Indian journal of veterinary science and animal husbandry - Volumes 15-17, 1948-1951
Year: 1948
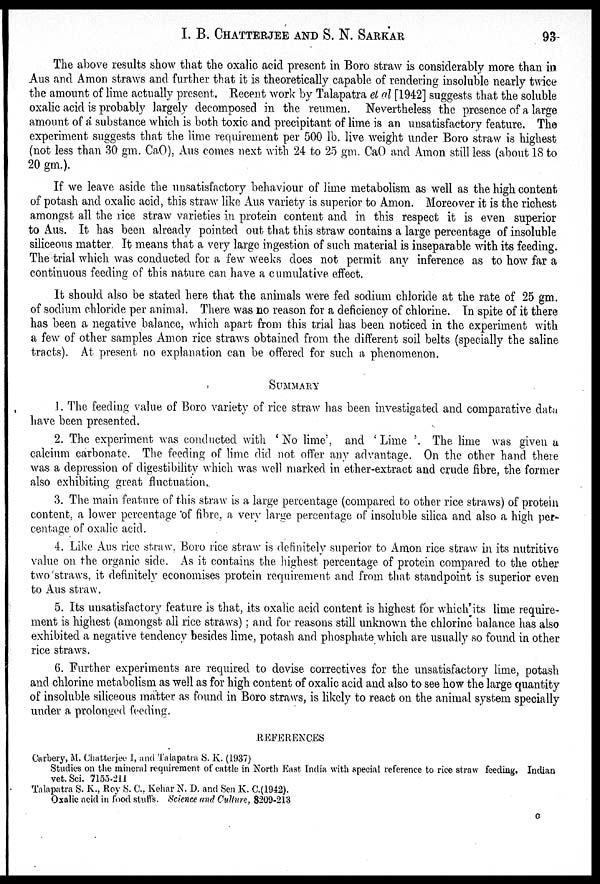
I. B. CHATTERJEE AND S. N. SARKAR 93
The above results show that the oxalic acid present in Boro straw is considerably more than in
Aus and Amon straws and further that it is theoretically capable of rendering insoluble nearly twice
the amount of lime actually present. Recent work by Talapatra et al [1942] suggests that the soluble
oxalic acid is probably largely decomposed in the reumen. Nevertheless the presence of a large
amount of a substance which is both toxic and precipitant of lime is an unsatisfactory feature. The
experiment suggests that the lime requirement per 500 lb. live weight under Boro straw is highest
(not less than 30 gm. CaO), Aus comes next with 24 to 25 gm. CaO and Amon still less (about 18 to
20 gm.).
If we leave aside the unsatisfactory behaviour of lime metabolism as well as the high content
of potash and oxalic acid, this straw like Aus variety is superior to Amon. Moreover it is the richest
amongst all the rice straw varieties in protein content and in this respect it is even superior
to Aus. It has been already pointed out that this straw contains a large percentage of insoluble
siliceous matter. It means that a very large ingestion of such material is inseparable with its feeding.
The trial which was conducted for a few weeks does not permit any inference as to how far a
continuous feeding of this nature can have a cumulative effect.
It should also be stated here that the animals were fed sodium chloride at the rate of 25 gm.
of sodium chloride per animal. There was no reason for a deficiency of chlorine. In spite of it there
has been a negative balance, which apart from this trial has been noticed in the experiment with
a few of other samples Amon rice straws obtained from the different soil belts (specially the saline
tracts). At present no explanation can be offered for such a phenomenon.
SUMMARY
1. The feeding value of Boro variety of rice straw has been investigated and comparative data
have been presented.
2. The experiment was conducted with 'No lime', and 'Lime'. The lime was given a
calcium carbonate. The feeding of lime did not offer any advantage. On the other hand there
was a depression of digestibility which was well marked in ether-extract and crude fibre, the former
also exhibiting great fluctuation.
3. The main feature of this straw is a large percentage (compared to other rice straws) of protein
content, a lower percentage of fibre, a very large percentage of insoluble silica and also a high per-
centage of oxalic acid.
4. Like Aus rice straw, Boro rice straw is definitely superior to Amon rice straw in its nutritive
value on the organic side. As it contains the highest percentage of protein compared to the other
two straws, it definitely economises protein requirement and from that standpoint is superior even
to Aus straw.
5. Its unsatisfactory feature is that, its oxalic acid content is highest for which its lime require-
ment is highest (amongst all rice straws); and for reasons still unknown the chlorine balance has also
exhibited a negative tendency besides lime, potash and phosphate which are usually so found in other
rice straws.
6. Further experiments are required to devise correctives for the unsatisfactory lime, potash
and chlorine metabolism as well as for high content of oxalic acid and also to see how the large quantity
of insoluble siliceous matter as found in Boro straws, is likely to react on the animal system specially
under a prolonged feeding.
REFERENCES
Carbery, M. Chatterjee I, and Talapatra S. K. (1937)
Studies on the mineral requirement of cattle in North East India with special reference to rice straw feeding. Indian
vet. Sci. 7155-211
Talapatra S. K., Roy S. C., Kehar N. D. and Sen K. C.(1942).
Oxalic acid in food stuffs. Science and Culture, 8209-213
G